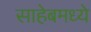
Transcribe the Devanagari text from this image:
साहेबमध्ये